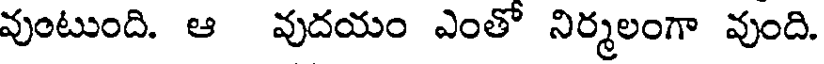
వుంటుంది. ఆ వుదయం ఎంతో నిర్మలంగా వుంది.